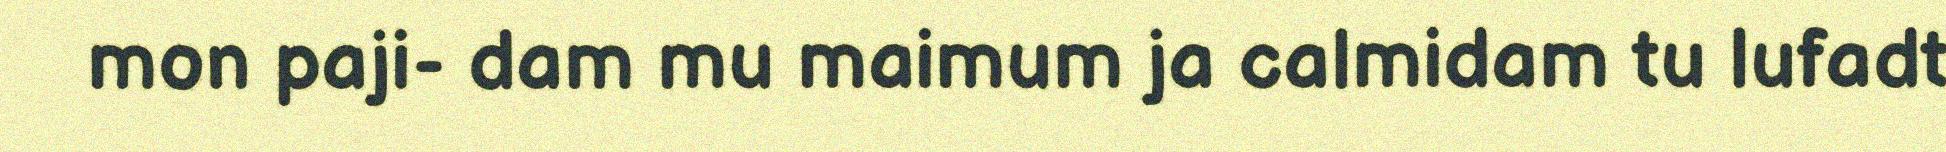
mon paji- dam mu maimum ja calmidam tu lufadt